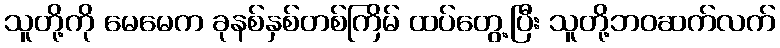
သူတို့ကို မေမေက ခုနစ်နှစ်တစ်ကြိမ် ထပ်တွေ့ပြီး သူတို့ဘဝဆက်လက်